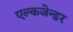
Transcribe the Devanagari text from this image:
एल्कजेन्डर